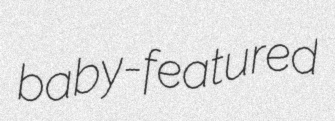
baby-featured